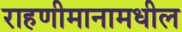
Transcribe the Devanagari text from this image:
राहणीमानामधील